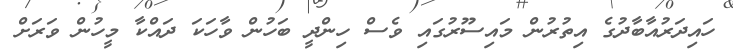
ހައިދަރުއާބާދުގެ އިތުރުން މައިސޫރުގައި ވެސް ހިންދީ ބަހުން ވާހަކަ ދައްކާ މީހުން ވަރަށް